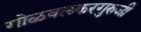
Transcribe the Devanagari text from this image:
गोळवलकरगुरुजी